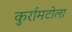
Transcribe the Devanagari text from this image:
कुर्रामटोला